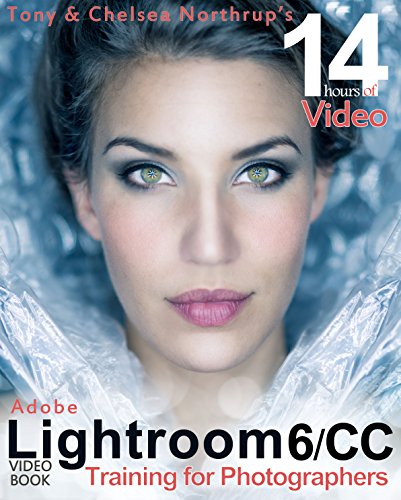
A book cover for Adobe Lightroom 6 / CC Video Book: Training for Photographers; Tony Northrup; Arts & Photography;